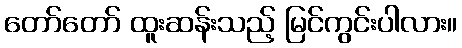
တော်တော် ထူးဆန်းသည့် မြင်ကွင်းပါလား။